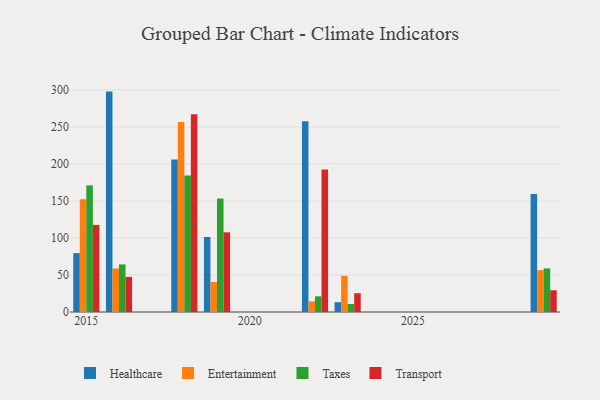
{"axis": {"x": "Year", "y": "Churn Rate (%)"}, "legend": ["Entertainment", "Healthcare", "Taxes", "Transport"], "data": [{"x": "2016", "y": 297.6, "type": "Healthcare"}, {"x": "2016", "y": 58.8, "type": "Entertainment"}, {"x": "2016", "y": 64.3, "type": "Taxes"}, {"x": "2016", "y": 47.4, "type": "Transport"}, {"x": "2022", "y": 257.5, "type": "Healthcare"}, {"x": "2022", "y": 14.4, "type": "Entertainment"}, {"x": "2022", "y": 21.1, "type": "Taxes"}, {"x": "2022", "y": 192.5, "type": "Transport"}, {"x": "2019", "y": 101.3, "type": "Healthcare"}, {"x": "2019", "y": 40.5, "type": "Entertainment"}, {"x": "2019", "y": 153.2, "type": "Taxes"}, {"x": "2019", "y": 107.6, "type": "Transport"}, {"x": "2023", "y": 13.2, "type": "Healthcare"}, {"x": "2023", "y": 48.9, "type": "Entertainment"}, {"x": "2023", "y": 10.8, "type": "Taxes"}, {"x": "2023", "y": 25.4, "type": "Transport"}, {"x": "2018", "y": 205.9, "type": "Healthcare"}, {"x": "2018", "y": 256.4, "type": "Entertainment"}, {"x": "2018", "y": 184.3, "type": "Taxes"}, {"x": "2018", "y": 267.1, "type": "Transport"}, {"x": "2015", "y": 79.5, "type": "Healthcare"}, {"x": "2015", "y": 152.3, "type": "Entertainment"}, {"x": "2015", "y": 171.0, "type": "Taxes"}, {"x": "2015", "y": 117.6, "type": "Transport"}, {"x": "2029", "y": 159.3, "type": "Healthcare"}, {"x": "2029", "y": 56.5, "type": "Entertainment"}, {"x": "2029", "y": 58.9, "type": "Taxes"}, {"x": "2029", "y": 29.3, "type": "Transport"}]}